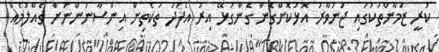
ކުރީ ޒަމާންތަކުގައި ޖަނަވާރު އޮޅުކޮށްގެން ގެންގުޅޭ އިރު އެފަދަ ތަކެތިން އިންސާނުންނަށް ގެއްލުމެއް